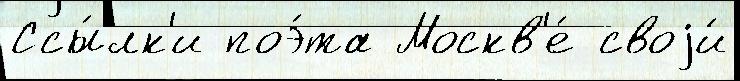
Ссы́лк'и поэ́та Москв'е́ своjи́